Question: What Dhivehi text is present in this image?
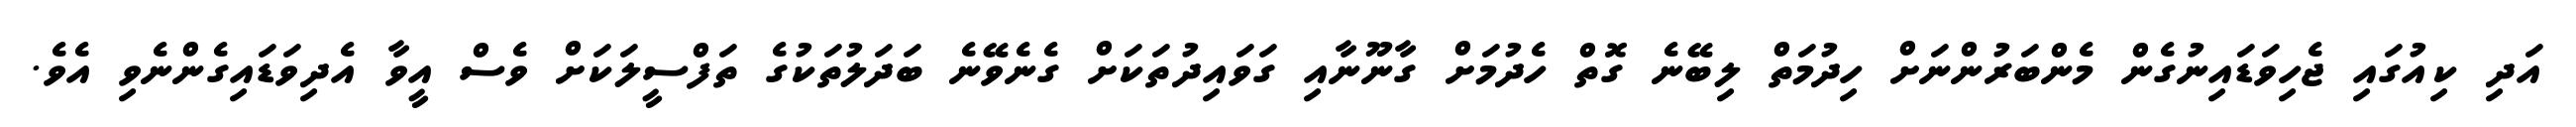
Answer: އަދި ކިއުގައި ޖެހިވަޑައިނުގެން މެންބަރުންނަށް ހިދުމަތް ލިބޭނެ ގޮތް ހެދުމަށް ގާނޫނާއި ގަވައިދުތަކަށް ގެނެވޭނެ ބަދަލުތަކުގެ ތަފްސީލަކަށް ވެސް އީވާ އެދިވަޑައިގެންނެވި އެވެ.